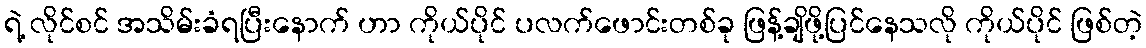
ရဲ့ လိုင်စင် အသိမ်းခံရပြီးနောက် ဟာ ကိုယ်ပိုင် ပလက်ဖောင်းတစ်ခု ဖြန့်ချိဖို့ပြင်နေသလို ကိုယ်ပိုင် ဖြစ်တဲ့